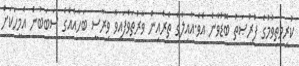
ކުރިމަތިވުމުގެ ފުރުޞަތު ބޮޑުވާނެ އެވެ.އާއިލާގެ ތެރެއިން ވާރުތަވެފައިވާ ވިރާސީ ބަހާއެއްގެ ސަބަބުން އެމީހަކަށް